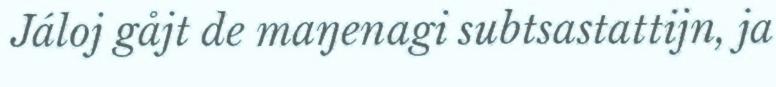
Jáloj gåjt de maŋenagi subtsastattijn, ja